Indian journal of veterinary science and animal husbandry - Volume 6,
Year: 1936
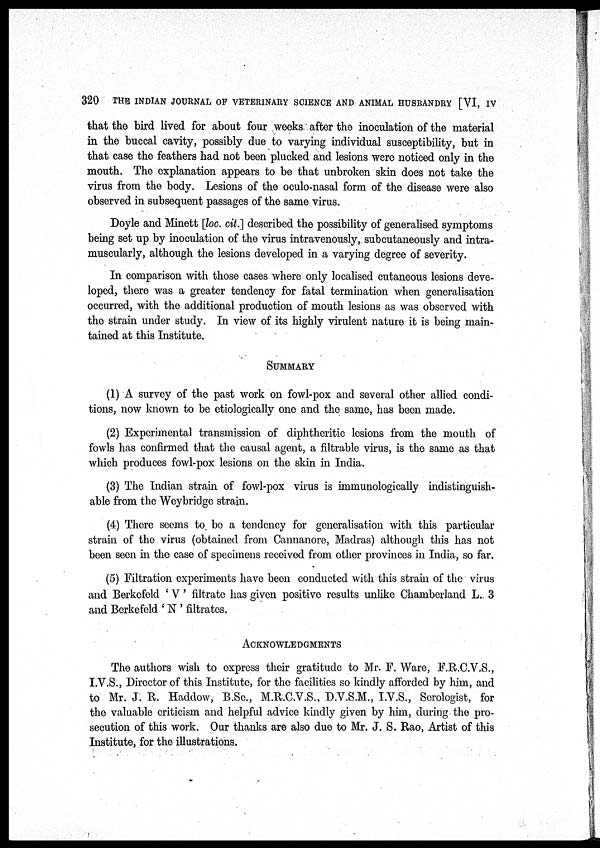
320 THE INDIAN JOURNAL OF VETERINARY SCIENCE AND ANIMAL HUSBANDRY [VI, IV
that the bird lived for about four weeks after the inoculation of the material
in the buccal cavity, possibly due to varying individual susceptibility, but in
that case the feathers had not been plucked and lesions were noticed only in the
mouth. The explanation appears to be that unbroken skin does not take the
virus from the body. Lesions of the oculo-nasal form of the disease were also
observed in subsequent passages of the same virus.
Doyle and Minett [loc. cit.] described the possibility of generalised symptoms
being set up by inoculation of the virus intravenously, subcutaneously and intra-
muscularly, although the lesions developed in a varying degree of severity.
In comparison with those cases where only localised cutaneous lesions deve-
loped, there was a greater tendency for fatal termination when generalisation
occurred, with the additional production of mouth lesions as was observed with
the strain under study. In view of its highly virulent nature it is being main-
tained at this Institute.
SUMMARY
(1) A survey of the past work on fowl-pox and several other allied condi-
tions, now known to be etiologically one and the same, has been made.
(2) Experimental transmission of diphtheritic lesions from the mouth of
fowls has confirmed that the causal agent, a filtrable virus, is the same as that
which produces fowl-pox lesions on the skin in India.
(3) The Indian strain of fowl-pox virus is immunologically indistinguish-
able from the Weybridge strain.
(4) There seems to be a tendency for generalisation with this particular
strain of the virus (obtained from Cannanore, Madras) although this has not
been seen in the case of specimens received from other provinces in India, so far.
(5) Filtration experiments have been conducted with this strain of the virus
and Berkefeld ' V' filtrate has given positive results unlike Chamberland L. 3
and Berkefeld ' N ' filtrates.
ACKNOWLEDGEMENTS
The authors wish to express their gratitude to Mr. F. Ware, F.R.C.V.S.,
I.V.S., Director of this Institute, for the facilities so kindly afforded by him, and
to Mr. J. R. Haddow, B.Sc., M.R.C.V.S. D.V.S.M., I.V.S., Scrologist, for
the valuable criticism and helpful advice kindly given by him, during the pro-
secution of this work. Our thanks are also due to Mr. J. S. Rao, Artist of this
Institute, for the illustrations.